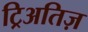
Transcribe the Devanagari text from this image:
ट्रिअतिज़